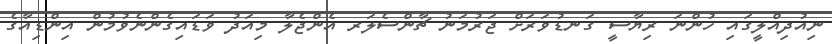
ނިއުދިއްލީގައި ހުންނަ ރިޔާސީ ގަނޑުވަރަށް ޖަރުމަނު ޗާންސެލަރ އެންޖެލާ މިއަދު ވަޑައިގެންނެވުމުން އިންޑިއާގެ